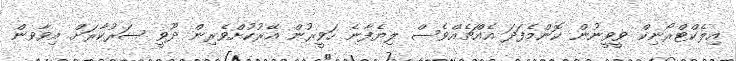
އިލެކްޓްރޯނިކް ވީވީނުން ކޮންމެފަދަ އެއްޗެއްވެސް ލިޔެފާނެ ހަވީރުން އޭރުކުށްވެރިން ދޫވީ ސަރުކާރަށް އިވާވން